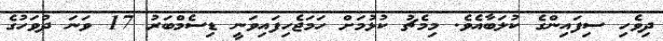
ދިވެހި ސިފައިންގެ ކުލަބާއެވެ. މިމެޗު ކުޅުމަށް ހަމަޖެހިފައިވަނީ ޑިސެމްބަރު 17 ވަނަ ދުވަހުގެ